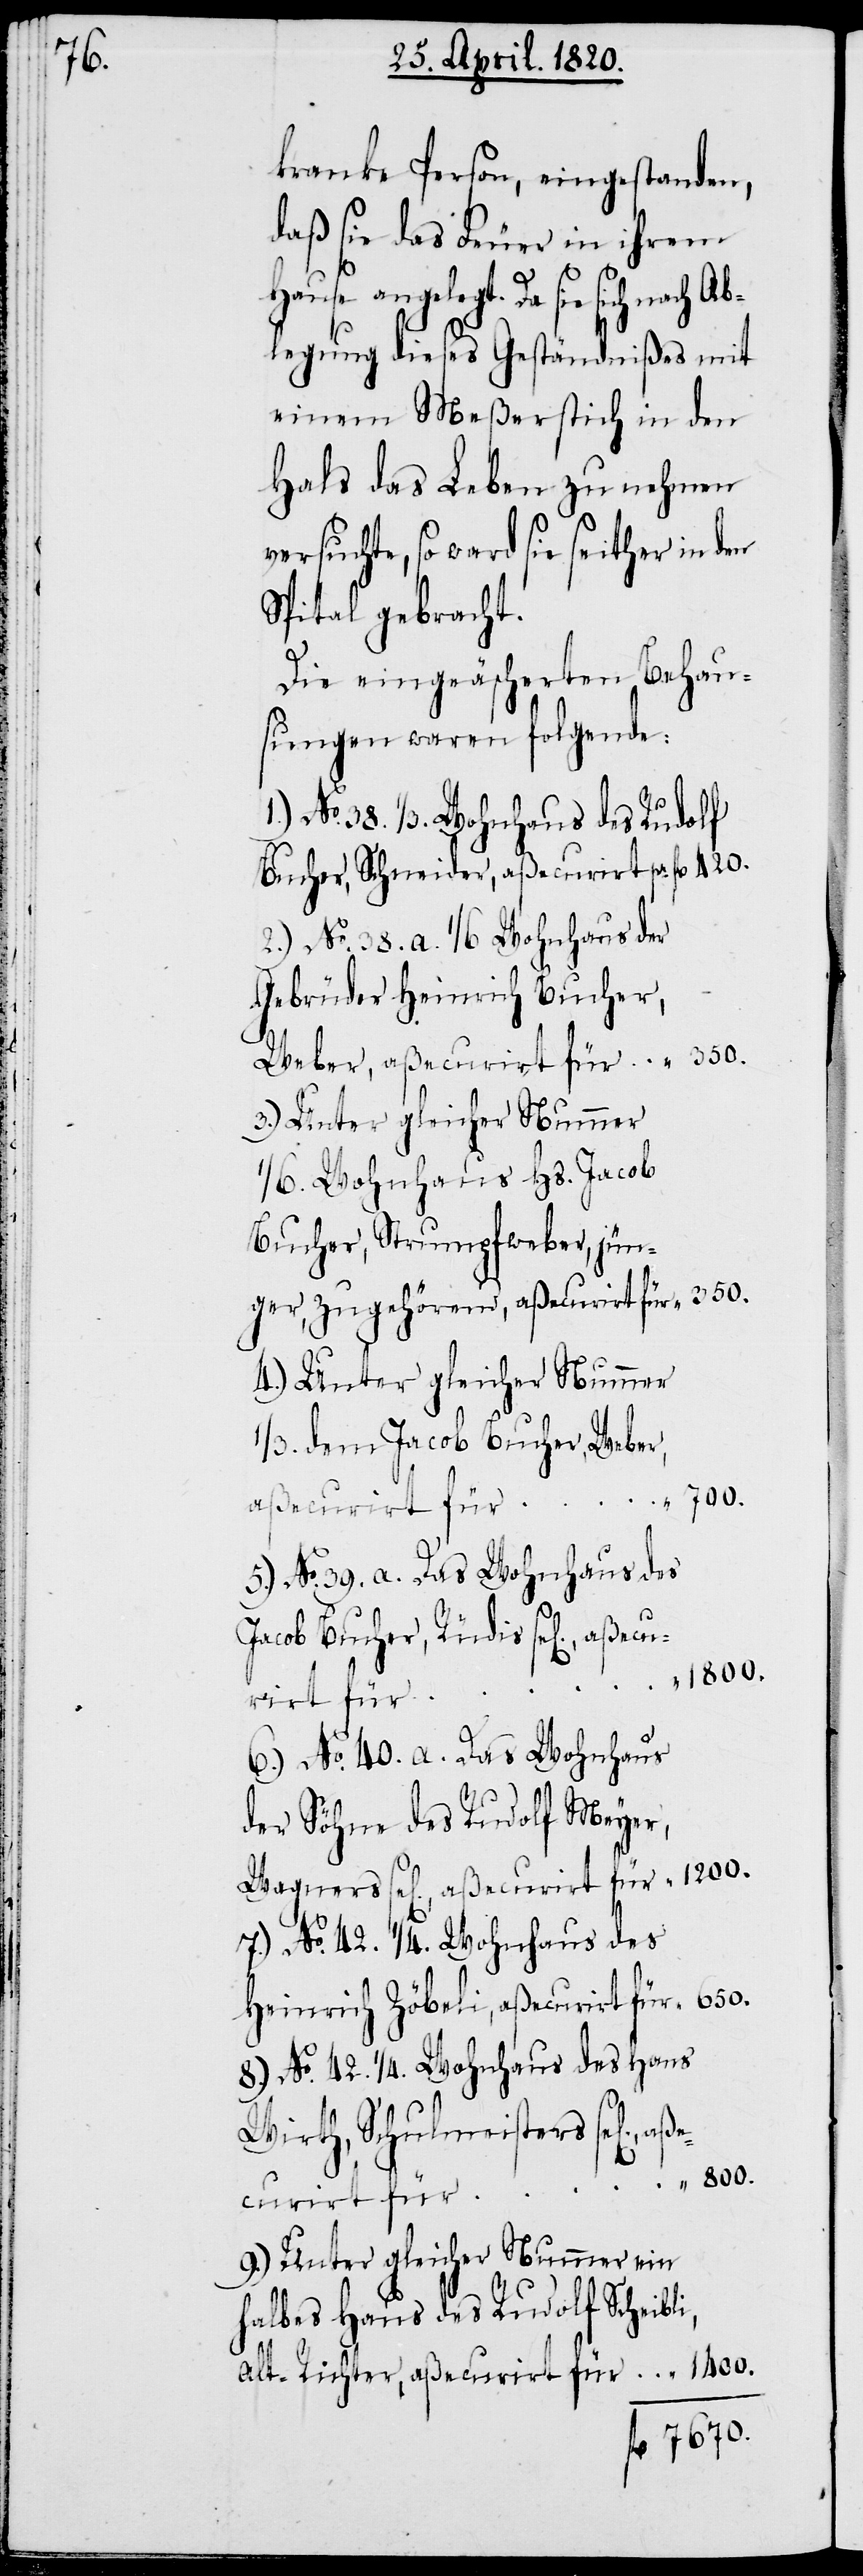
n].,

kranke Person, eingestanden,
daß sie das Feuer in ihrem
alt. Richter, aßecurirt
legung dieses Geständnißes mit
einem Meßerstich in den
Hals das Leben zu nehmen
versuchte, so ward sie seither in
Spital gebracht.
Die eingeäscherten Behau¬
sungen waren folgende:
1.) No. 38. 1/3. Wohnhaus des Rudolf
Bucher, Schneider, aßecurirt	pr.	fl. 420.
2.) No. 38. a. 1/6 Wohnhaus der
Gebrüder Heinrich Bucher,
Weber, aßecurirt für	 “	350.
3.) Unter gleicher Nummer
1/6. Wohnhaus Hs. Jacob
4.) Unter gleicher Nummer
1/3. dem Jacob Bucher, Weber,
aßecurirt für
5.) No. 39. a. Das Wohnhaus des
Jacob Bucher, Rüdis sel[igen].,
6.) No. 40. a. Das Wohnhaus
der Söhne des Rudolf Meyer,
7.) No. 42. 1/4. Wohnhaus des
Heinrich Zöbeli, aßecurirt für
8.) No. 42. 1/4. Wohnhaus des Hans
Wirth, Schulmeisters sel[ige¬
9.) Unter gleicher Nummer ein
halbes Haus des Rudolf Scheibli,
fl. 7670.